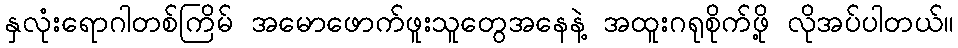
နှလုံးရောဂါတစ်ကြိမ် အမောဖောက်ဖူးသူတွေအနေနဲ့ အထူးဂရုစိုက်ဖို့ လိုအပ်ပါတယ်။